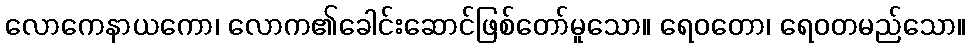
လောကေနာယကော၊ လောက၏ခေါင်းဆောင်ဖြစ်တော်မူသော။ ရေဝတော၊ ရေဝတမည်သော။